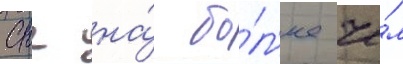
снг на́ бо́л'ее че́м